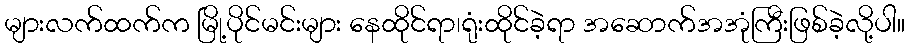
များလက်ထက်က မြို့ပိုင်မင်းများ နေထိုင်ရာ၊ရုံးထိုင်ခဲ့ရာ အဆောက်အအုံကြီးဖြစ်ခဲ့လို့ပါ။